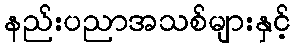
နည်းပညာအသစ်များနှင့်